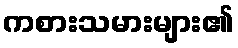
ကစားသမားများ၏